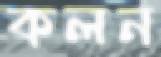
কলন